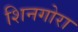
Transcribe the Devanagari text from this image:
शिनगोरा